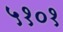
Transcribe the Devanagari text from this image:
५१०१